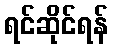
ရင်ဆိုင်ရန်